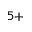
^ { 5 + }